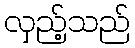
လှည့်သည်